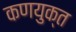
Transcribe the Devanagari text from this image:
कणयुक्त